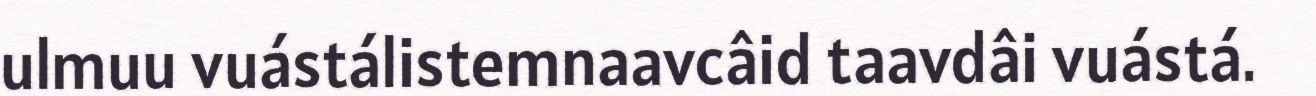
ulmuu vuástálistemnaavcâid taavdâi vuástá.